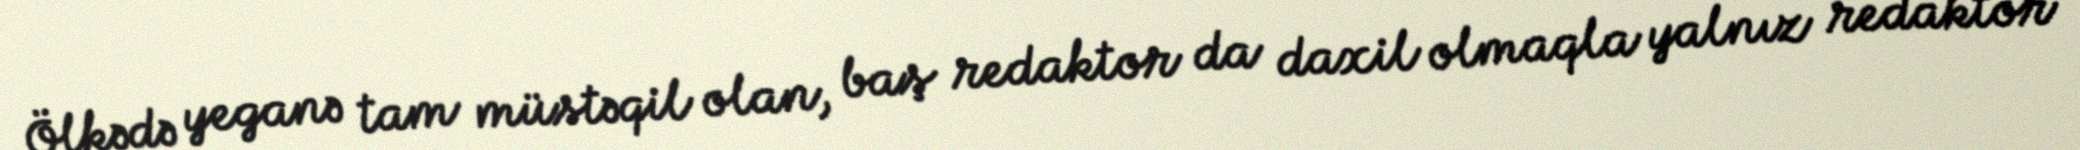
Ölkədə yeganə tam müstəqil olan, baş redaktor da daxil olmaqla yalnız redaktor